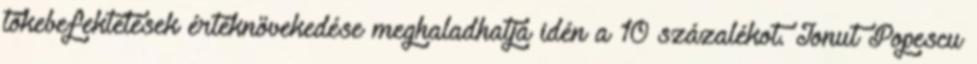
tőkebefektetések értéknövekedése meghaladhatja idén a 10 százalékot. Ionut Popescu